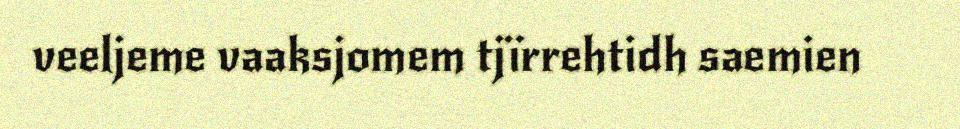
veeljeme vaaksjomem tjïrrehtidh saemien